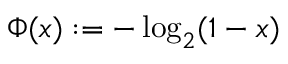
\Phi ( x ) : = - \log _ { 2 } ( 1 - x )